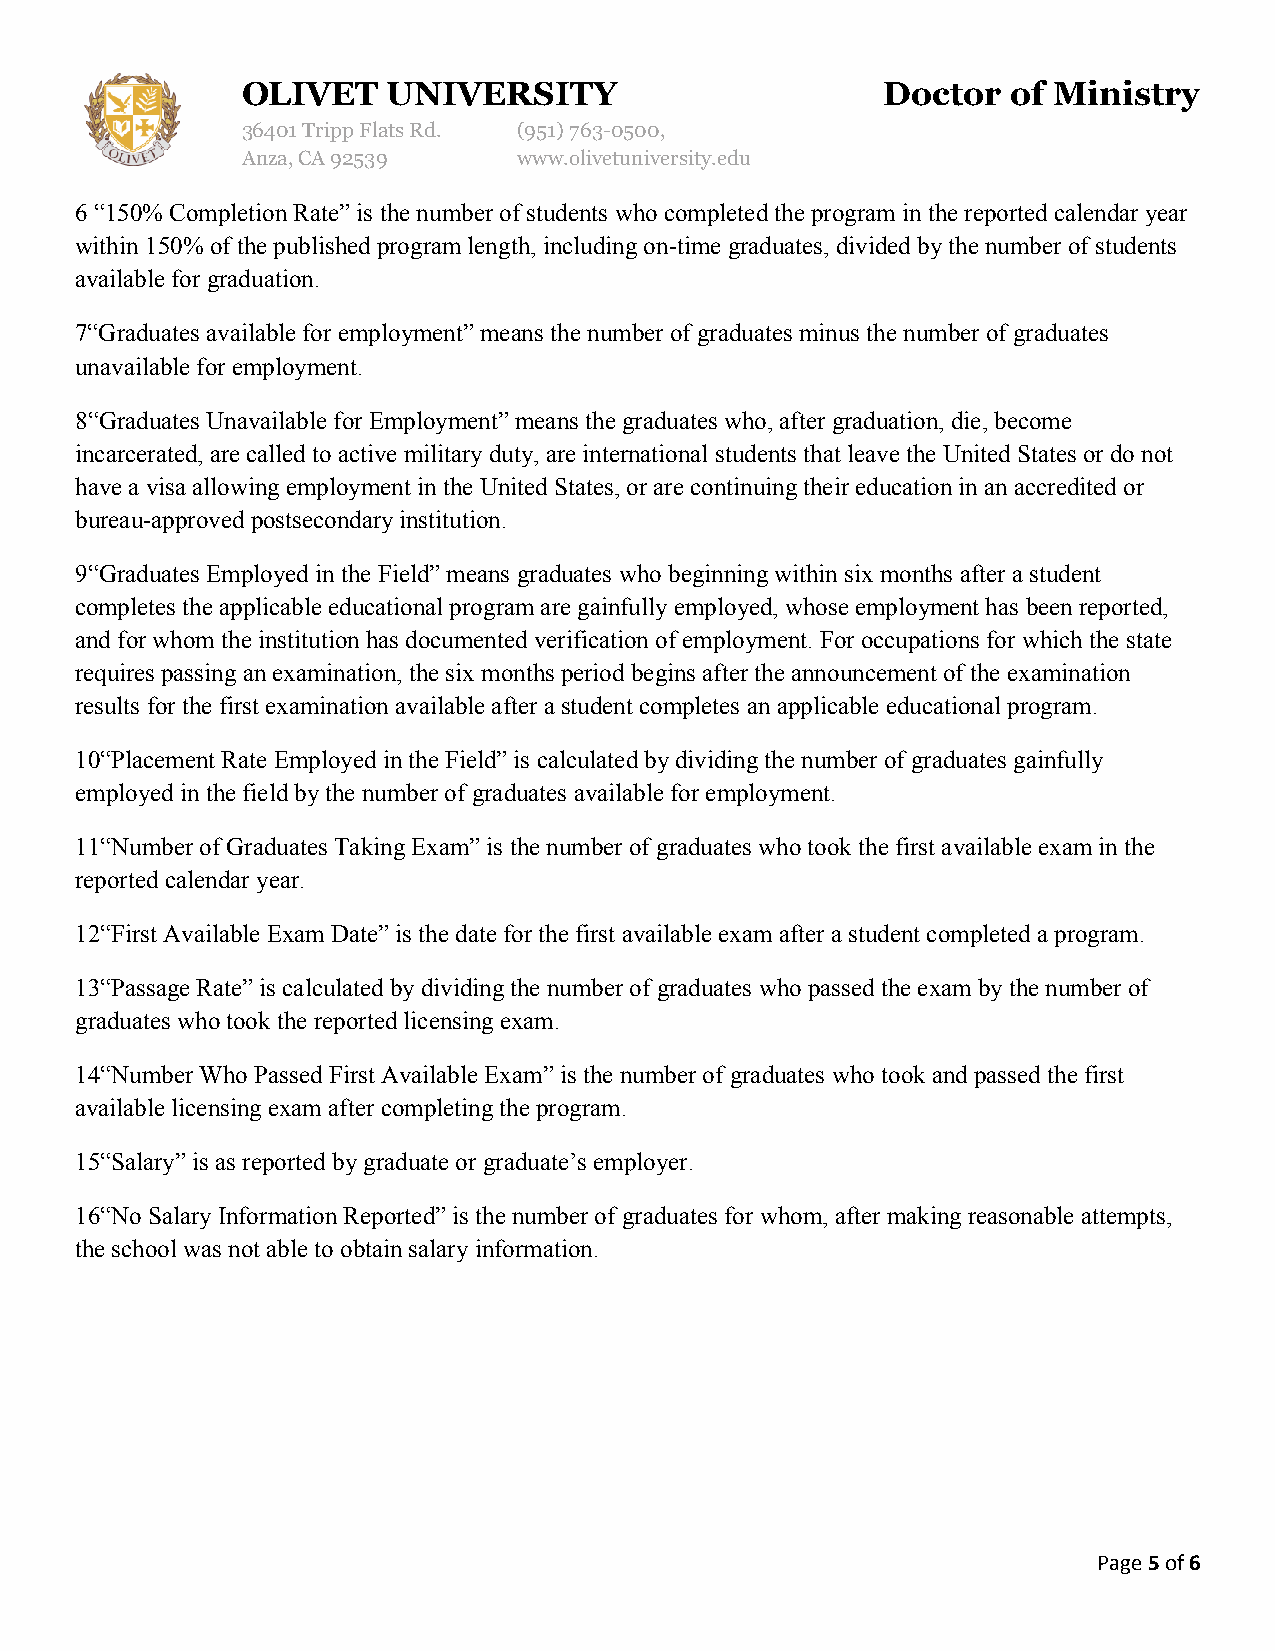
OLIVET    UNIVERSITY                      Doctor   of Ministry
 36401 Tripp Flats Rd. (951)763-0500,
 Anza, CA 92539    www.olivetuniversity.edu
 6 “150% Completion Rate” is the number of students who completed the program in the reported calendar year
 within 150% of the published program length, including on-time graduates, divided by the number of students
 available for graduation.
 7“Graduates available for employment” means the number of graduates minus the number of graduates
 unavailable for employment.
 8“Graduates Unavailable for Employment” means the graduates who, after graduation, die, become
 incarcerated, are called to active military duty, are international students that leave the United States or do not
 have a visa allowing employment in the United States, or are continuing their education in an accredited or
 bureau-approved postsecondary institution.
 9“Graduates Employed in the Field” means graduates who beginning within six months after a student
 completes the applicable educational program are gainfully employed, whose employment has been reported,
 and for whom the institution has documented verification of employment. For occupations for which the state
 requires passing an examination, the six months period begins after the announcement of the examination
 results for the first examination available after a student completes an applicable educational program.
 10“Placement Rate Employed in the Field” is calculated by dividing the number of graduates gainfully
 employed in the field by the number of graduates available for employment.
 11“Number of Graduates Taking Exam” is the number of graduates who took the first available exam in the
 reported calendar year.
 12“First Available Exam Date” is the date for the first available exam after a student completed a program.
 13“Passage Rate” is calculated by dividing the number of graduates who passed the exam by the number of
 graduates who took the reported licensing exam.
 14“Number Who Passed First Available Exam” is the number of graduates who took and passed the first
 available licensing exam after completing the program.
 15“Salary” is as reported by graduate or graduate’s employer.
 16“No Salary Information Reported” is the number of graduates for whom, after making reasonable attempts,
 the school was not able to obtain salary information.
 Page 5 of 6